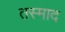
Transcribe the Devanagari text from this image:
तस्माद